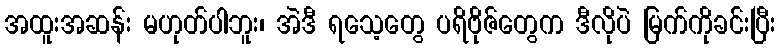
အထူးအဆန်း မဟုတ်ပါဘူး၊ အဲဒီ ရသေ့တွေ ပရိဗိုဇ်တွေက ဒီလိုပဲ မြက်ကိုခင်းပြီး